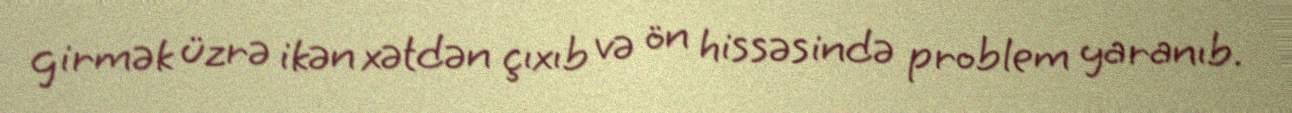
girmək üzrə ikən xətdən çıxıb və ön hissəsində problem yaranıb.